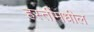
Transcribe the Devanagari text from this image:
हस्तींमधील